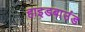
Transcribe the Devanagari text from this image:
हाइडबाउंड